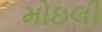
મોઇલી